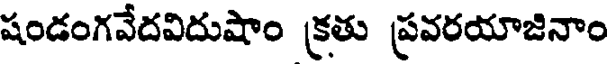
షండంగవేదవిదుషాం క్రతు ప్రవరయాజినాం